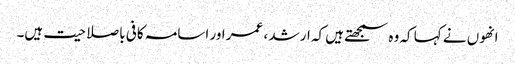
انھوں نے کہا کہ وہ سمجھتے ہیں کہ ارشد ، عمر اور اسامہ کافی باصلاحیت ہیں۔